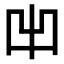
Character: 𠚆